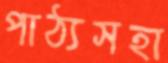
পাঠ্যসহা